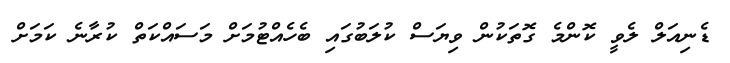
ޑެނިއަލް ލެވީ ކޮންމެ ގޮތަކުން ވިޔަސް ކުލަބުގައި ބެހެއްޓުމަށް މަސައްކަތް ކުރާނެ ކަމަށް